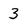
Character: 3